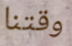
وقتنا